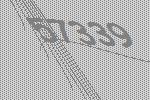
57339